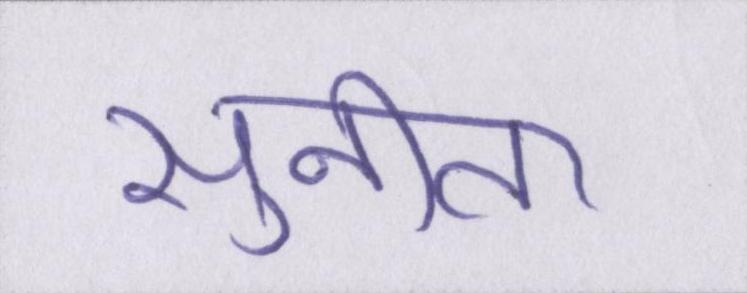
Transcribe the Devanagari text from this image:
सुनीता